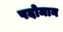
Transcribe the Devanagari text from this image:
पदोमान